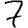
Digit: 7